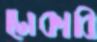
ঢোকাবি